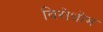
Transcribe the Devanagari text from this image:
विरोधोम